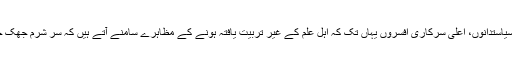
ہمارے سیاستدانوں، اعلیٰ سرکاری افسروں یہاں تک کہ اہل علم کے غیر تربیت یافتہ ہونے کے مظاہرے سامنے آتے ہیں کہ سر شرم جھک جاتا ہے۔